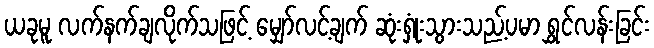
ယခုမူ လက်နက်ချလိုက်သဖြင့် မျှော်လင့်ချက် ဆုံးရှုံးသွားသည့်ပမာ ရွှင်လန်းခြင်း